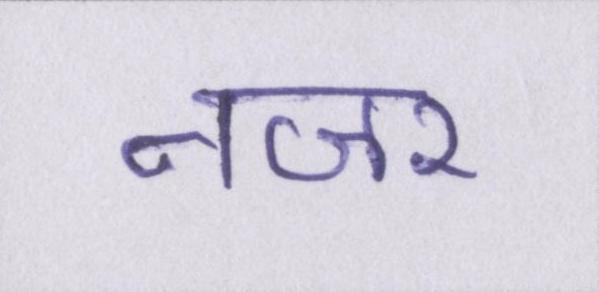
नजर